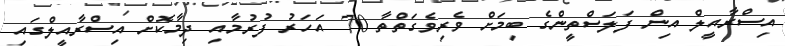
އިސްރާއީލް އިން ފަލަސްތީންގެ ބިމަށް ވެރިވެގަތްތާ 70 އަހަރު ފުރުމާއި ދިމާކޮށް އިސްރާއީލްގައި